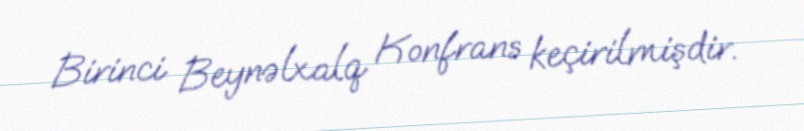
Birinci Beynəlxalq Konfrans keçirilmişdir.